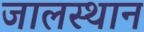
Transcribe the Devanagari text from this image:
जालस्थान